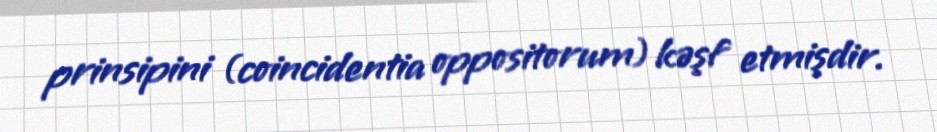
prinsipini (coincidentia oppositorum) kəşf etmişdir.